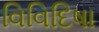
વિવિદિષા